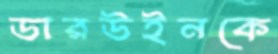
ডারউইনকে